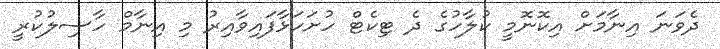
ދެވަނަ އިނާމަށް އިކޮނޮމީ ކުލާހުގެ ދެ ޓިކެޓް ހުށަހަޅާފައިވާއިރު މި އިނާމް ހާސިލުކުރީ